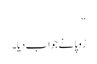
‘‘
رُوپا نے جواب دیا۔